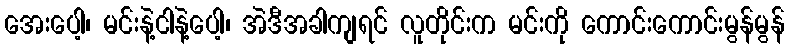
အေးပေါ့၊ မင်းနဲ့ငါနဲ့ပေါ့၊ အဲဒီအခါကျရင် လူတိုင်းက မင်းကို ကောင်းကောင်းမွန်မွန်